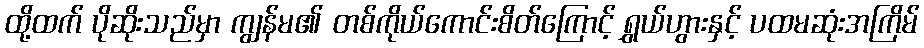
ထို့ထက် ပိုဆိုးသည်မှာ ကျွန်မ၏ တစ်ကိုယ်ကောင်းစိတ်ကြောင့် ရွှယ်ဟွားနှင့် ပထမဆုံးအကြိမ်